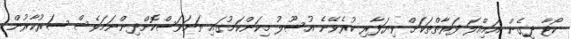
ކޯޓާ ދީގެން އަމިއްލަ ފަރާތްތަކަށް ވިޔަފާރި ކުރެވޭނެ އުސޫލު މިކަންކަމުގައި ތަނަވަސްކޮށްދިންނަމަވެސް ސަރުކާރުން